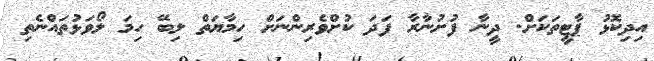
އިދިކޮޅު ޕާޓީތަކަށް. ދީނާ ފުށުނާރާ ފަދަ ކުށްވެރިންނަށް ހިމާޔަތް ލިބޭ ހިމަ ލޯވަޅުތައްނެތި